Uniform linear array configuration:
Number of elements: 32
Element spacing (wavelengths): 0.75
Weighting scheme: hamming
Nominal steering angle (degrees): -45
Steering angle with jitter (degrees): -44.315
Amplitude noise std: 0.05
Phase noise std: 0.05

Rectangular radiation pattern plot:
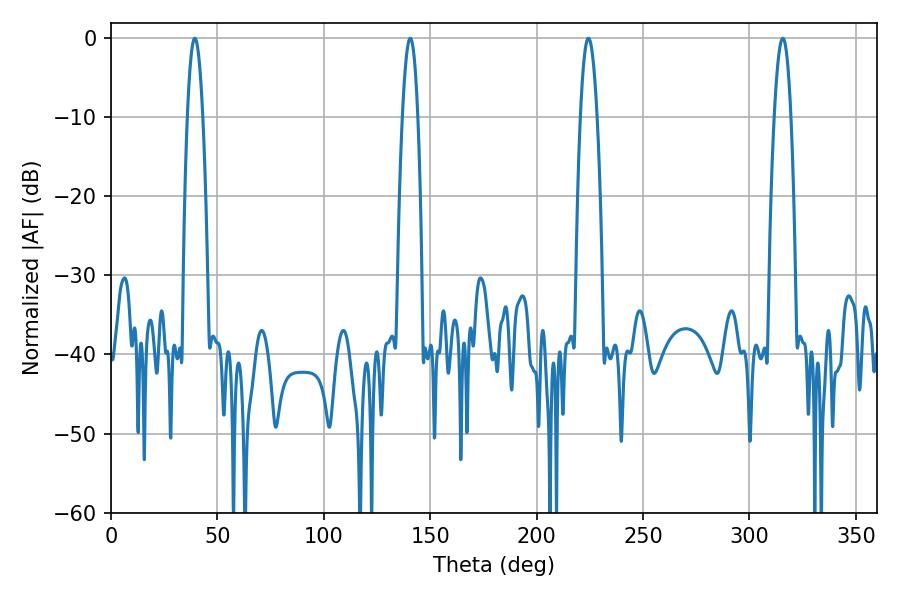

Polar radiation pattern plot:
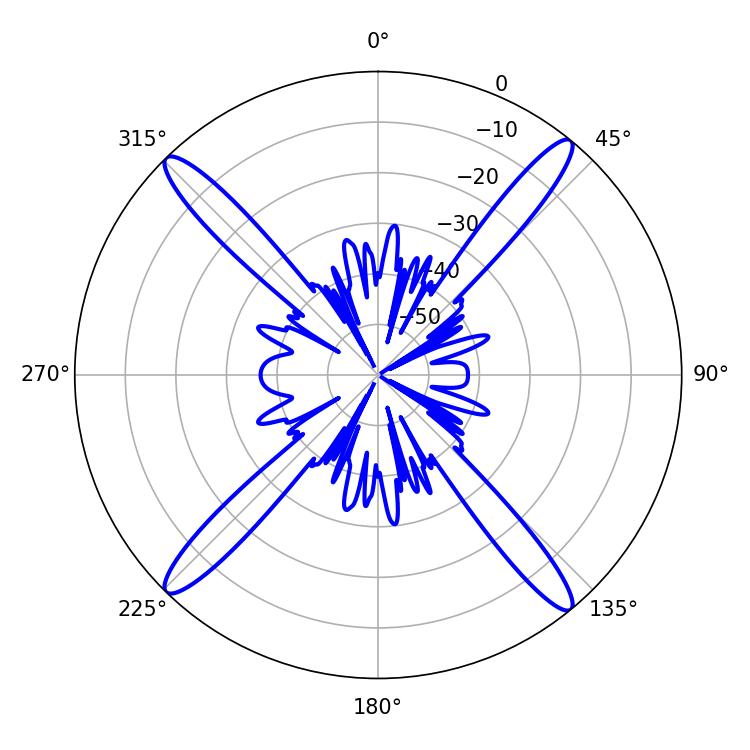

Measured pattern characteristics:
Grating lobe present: TRUE
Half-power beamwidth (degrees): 3.96
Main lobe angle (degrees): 39.42